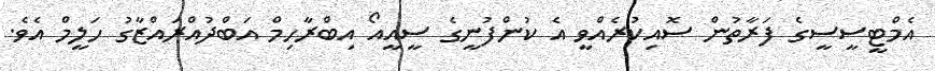
އެމްޓީސީސީގެ ފަރާތުން ސޮއިކުރެއްވީ އެ ކުންފުނީގެ ސީއީއޯ އިބްރާހިމް އަބްދުއްރައްޒާގު ހަލީމް އެވެ.